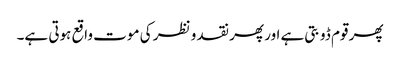
پھر قوم ڈوبتی ہے اور پھر نقد و نظر کی موت واقع ہوتی ہے۔